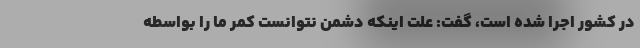
در کشور اجرا شده است، گفت: علت اینکه دشمن نتوانست کمر ما را بواسطه